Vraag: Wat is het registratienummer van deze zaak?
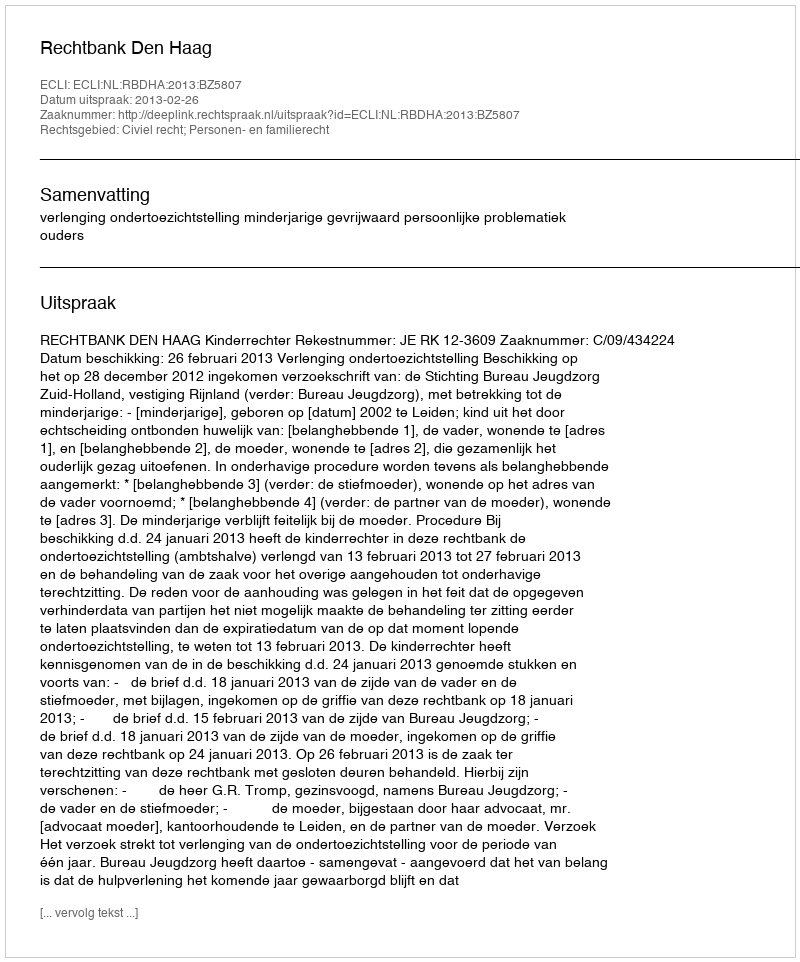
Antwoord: http://deeplink.rechtspraak.nl/uitspraak?id=ECLI:NL:RBDHA:2013:BZ5807